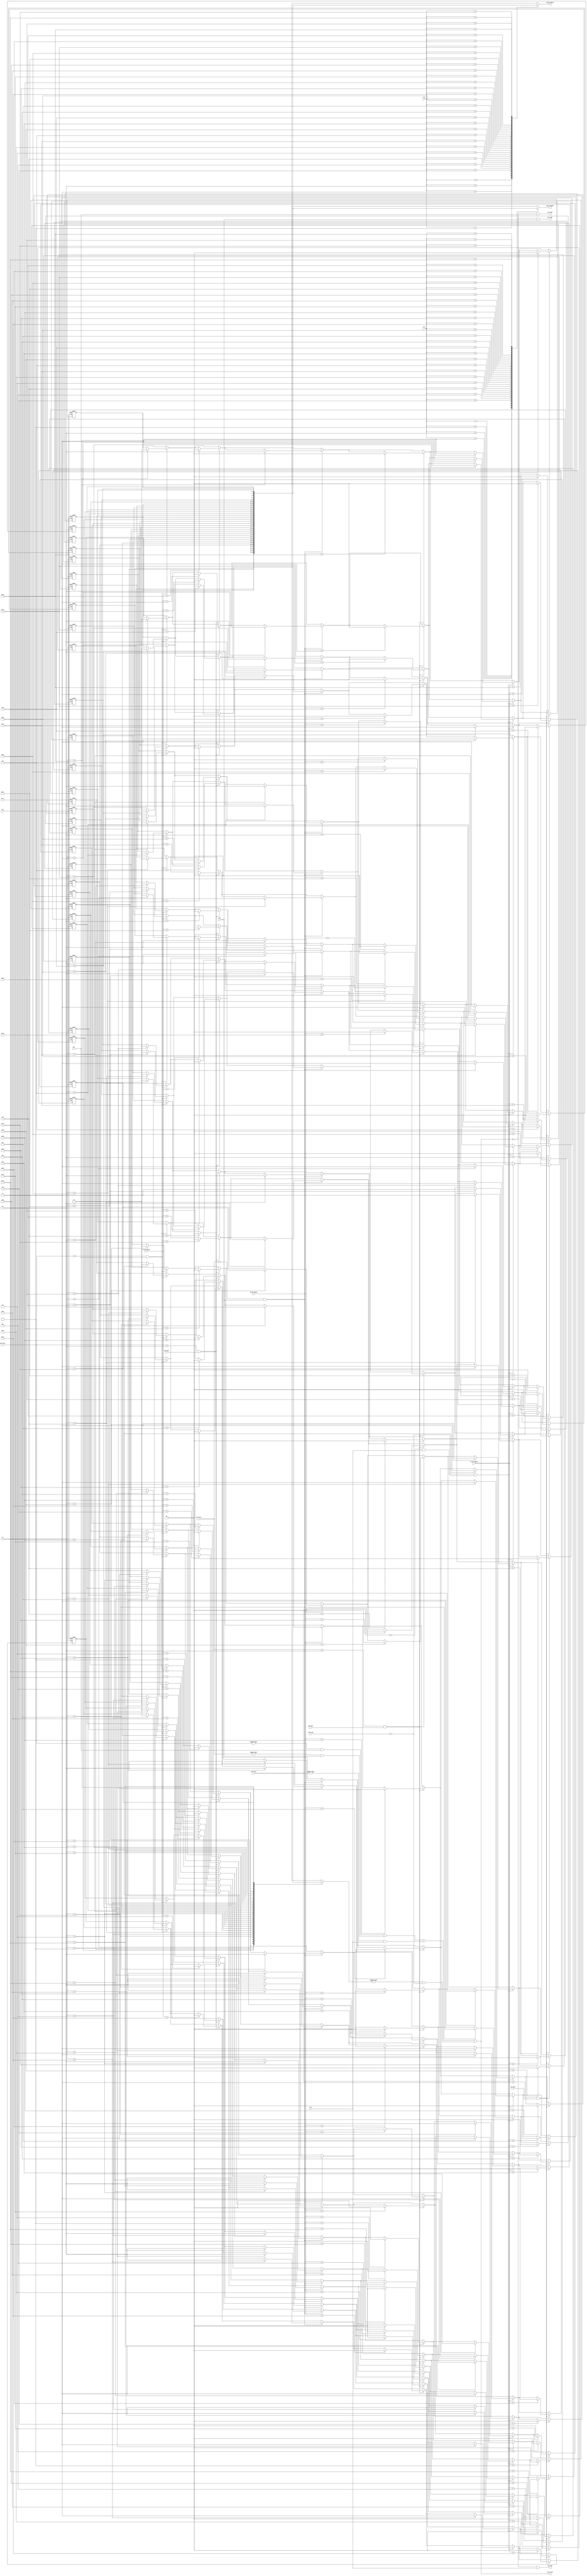
module ScoreBoard(
    input wire clk,
    input wire rst_n,
    input wire [4:0] rs1,
    input wire [4:0] rs2,
    input wire [4:0] rd,
    input wire alu,
    input wire mul,
    input wire lsu,
    input wire [1:0] alu_state, 
    input wire [1:0] mul_state,
    input wire [1:0] lsu_state,
    input wire alu_done,
    input wire mul_done,
    input wire lsu_done,
    input wire [4:0] rd_alu_update,
    input wire [4:0] rd_mul_update,
    input wire [4:0] rd_lsu_update,
	input wire store_mem,
    output wire stop_fetch,
    output wire alu_load,
    output wire mul_load,
    output wire lsu_load,
    output wire [1:0] data1_depend,
    output wire [1:0] data2_depend
);

    reg [1:0] register_status[0:31];
    wire same_rd = (register_status[rd] != 2'b00) & !store_mem; 

    always @(posedge clk or negedge rst_n) begin
		if(!rst_n) begin
			register_status[0] <= 2'b00;
			register_status[1] <= 2'b00;
			register_status[2] <= 2'b00;
			register_status[3] <= 2'b00;
			register_status[4] <= 2'b00;
			register_status[5] <= 2'b00;
			register_status[6] <= 2'b00;
			register_status[7] <= 2'b00;
			register_status[8] <= 2'b00;
			register_status[9] <= 2'b00;
			register_status[10] <= 2'b00;
			register_status[11] <= 2'b00;
			register_status[12] <= 2'b00;
			register_status[13] <= 2'b00;
			register_status[14] <= 2'b00;
			register_status[15] <= 2'b00;
			register_status[16] <= 2'b00;
			register_status[17] <= 2'b00;
			register_status[18] <= 2'b00;
			register_status[19] <= 2'b00;
			register_status[20] <= 2'b00;
			register_status[21] <= 2'b00;
			register_status[22] <= 2'b00;
			register_status[23] <= 2'b00;
			register_status[24] <= 2'b00;
			register_status[25] <= 2'b00;
			register_status[26] <= 2'b00;
			register_status[27] <= 2'b00;
			register_status[28] <= 2'b00;
			register_status[29] <= 2'b00;
			register_status[30] <= 2'b00;
            register_status[31] <= 2'b00;
		end
		else begin
			// Update for ALU
			if((alu_state == 2'b00) & alu) register_status[rd] <= 2'b01;

			if((alu_state == 2'b10) & alu_done) register_status[rd_alu_update] <= 2'b00; 

			// Update for MUl
			if((mul_state == 2'b00) & mul) register_status[rd] <= 2'b10;

			if((mul_state == 2'b10) & mul_done) register_status[rd_mul_update] <= 2'b00;

			// Update for LSU
			if((lsu_state == 2'b00) & lsu & (!store_mem)) register_status[rd] <= 2'b11;

			if((lsu_state == 2'b11) & lsu_done) register_status[rd_lsu_update] <= 2'b00; 
		end
	end

    assign stop_fetch = ((alu_state != 2'b00) & alu) | ((mul_state != 2'b00) & mul) | ((lsu_state != 2'b00) & lsu) | same_rd;
    
    assign data1_depend = register_status[rs1];
	assign data2_depend = register_status[rs2];
	assign alu_load = !stop_fetch & alu;
	assign mul_load = !stop_fetch & mul;
	assign lsu_load = !stop_fetch & lsu;
endmodule